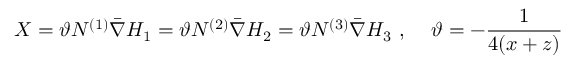
X = \vartheta N ^ { \left( 1 \right) } \bar { \nabla } H _ { 1 } = \vartheta N ^ { \left( 2 \right) } \bar { \nabla } H _ { 2 } = \vartheta N ^ { \left( 3 \right) } \bar { \nabla } H _ { 3 } \mathrm { ~ , ~ \ \ \ } \vartheta = - \frac { 1 } { 4 ( x + z ) }